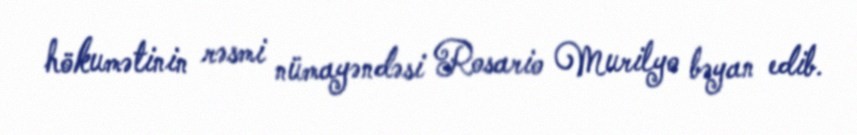
hökumətinin rəsmi nümayəndəsi Rosario Murilyo bəyan edib.